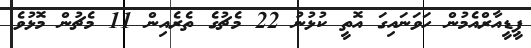
ޕީީޑީއާރްއެމުން ހަވަނައިގަ އޮތީ ކުޅުނު 22 މެޗުގެ ތެރެއިން 11 މެޗުން މޮޅުވެ